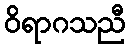
ဝိရာဂသညီ